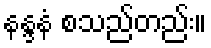
နန္ဒနံ စသည်တည်း။